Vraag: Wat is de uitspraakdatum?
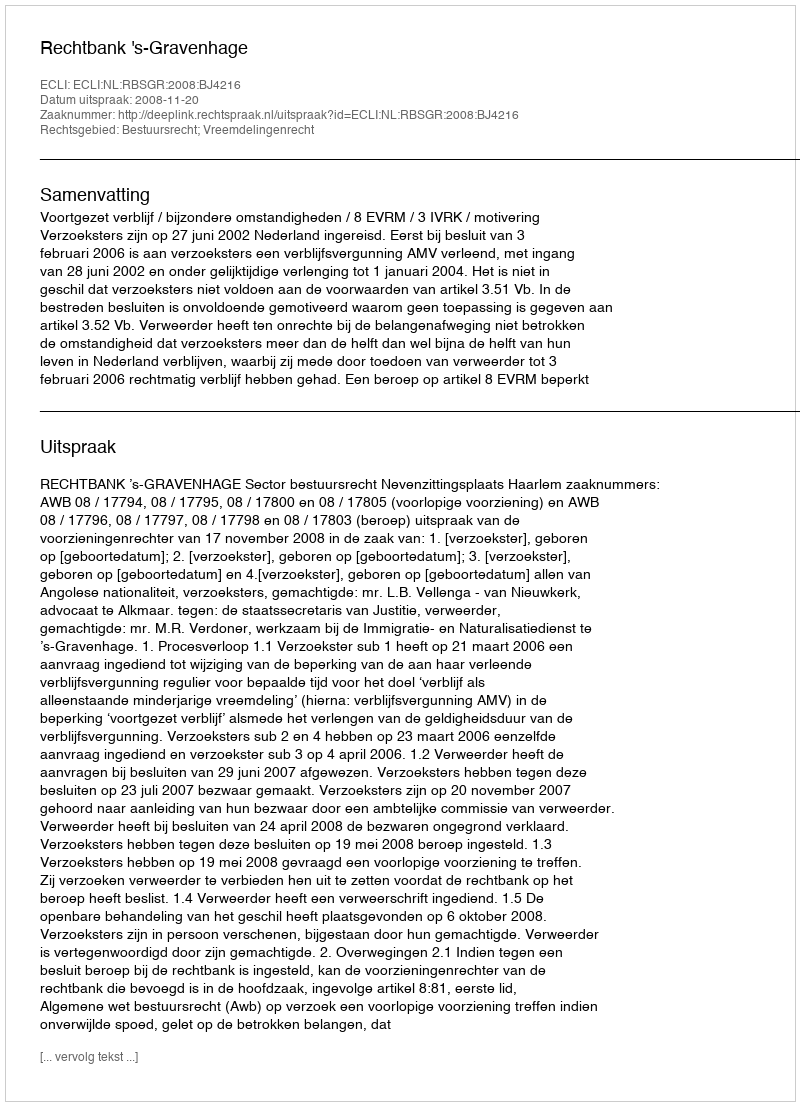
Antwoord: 2008-11-20